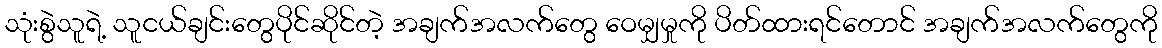
သုံးစွဲသူရဲ့ သူငယ်ချင်းတွေပိုင်ဆိုင်တဲ့ အချက်အလက်တွေ ဝေမျှမှုကို ပိတ်ထားရင်တောင် အချက်အလက်တွေကို